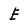
Character: E